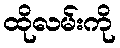
ထိုလမ်းကို